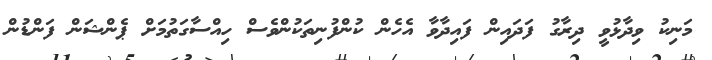
މަނިކު ވިދާޅުވީ ދިރާގު ފަދައިން ފައިދާވާ އެހެން ކުންފުނިތަކުންވެސް ހިއްސާގަތުމަށް ޕެންޝަން ފަންޑުން